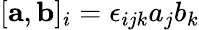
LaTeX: [{\mathbf a},{\mathbf b}]_{i}=\epsilon_{ijk}a_{j}b_{k}